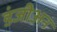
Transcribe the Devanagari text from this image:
डंजीअन